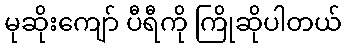
မုဆိုးကျော် ပီရီကို ကြိုဆိုပါတယ်